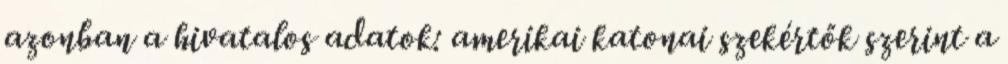
azonban a hivatalos adatok: amerikai katonai szekértők szerint a